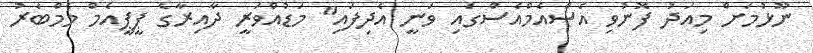
ނޫޅުމަށް މިއަދު ފޮނުވި އެސްއެމްއެސްގައި ވަނީ އެދިފައި" މަޑުއްވަރީ ދާއިރާގެ ޕީޕީއެމް މެމްބަރު